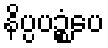
နိပ္ပပဉ္စံပေ